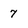
Character: 7